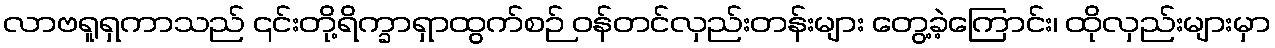
လာဗရူရှကာသည် ၎င်းတို့ရိက္ခာရှာထွက်စဉ် ဝန်တင်လှည်းတန်းများ တွေ့ခဲ့ကြောင်း၊ ထိုလှည်းများမှာ